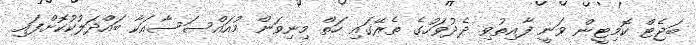
ބަޖެޓް ކޮމިޓީން ވަނީ ފާއިތުވި ދެދުވަހުގެ ތެރޭގައި ހަތް މިނިވަން މުއައްސަސާއަކާ ބައްދަލުކުކޮށްފައި